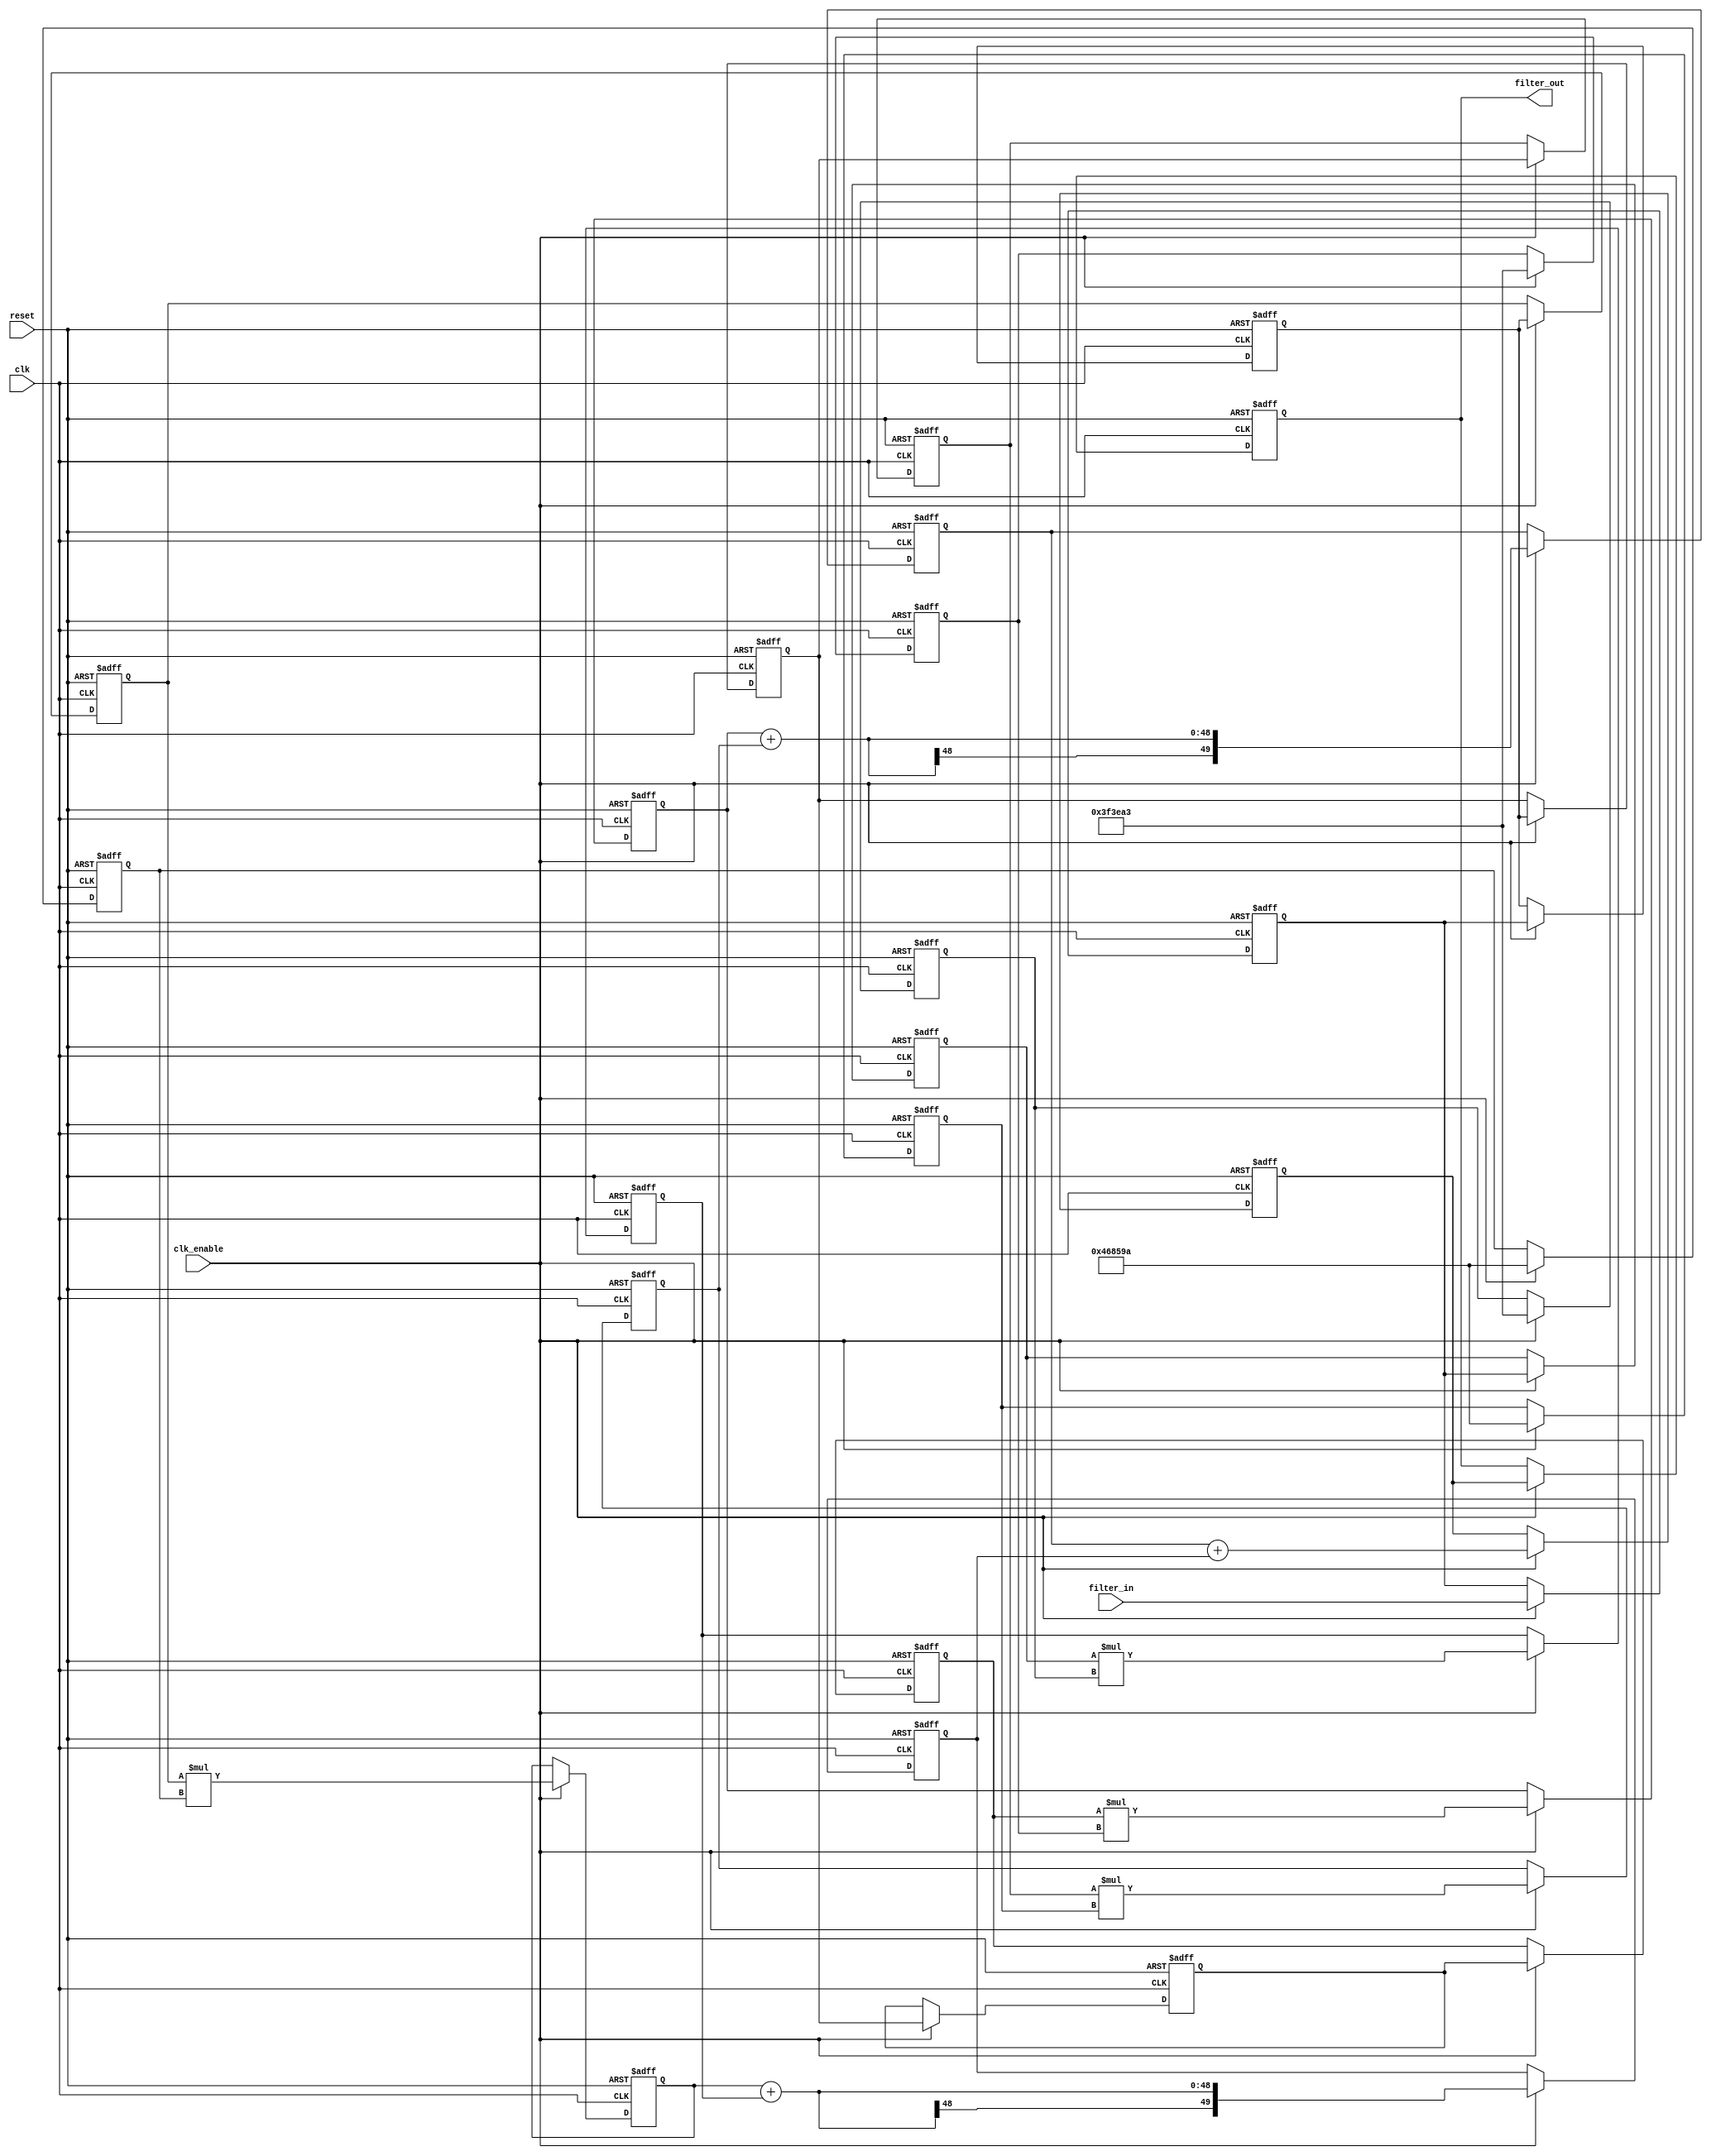
// -------------------------------------------------------------
//
// Module: fir_min_24b_1p
// Generated by MATLAB(R) 9.12 and Filter Design HDL Coder 3.1.11.
// Generated on: 2023-06-27 19:34:07
// -------------------------------------------------------------

// -------------------------------------------------------------
// HDL Code Generation Options:
//
// FIRAdderStyle: tree
// MultiplierInputPipeline: 1
// MultiplierOutputPipeline: 1
// OptimizeForHDL: on
// TargetDirectory: W:\Nikos\UTh\ \Project\FIR_Minimum_Order\multiplier_1_pipeline\24b_fixed_point
// AddPipelineRegisters: on
// Name: fir_min_24b_1p
// InputDataType: numerictype(1,24,0)
// TargetLanguage: Verilog
// TestBenchName: fir_min_24b_1p_tb
// TestBenchStimulus: impulse step ramp chirp noise 

// Filter Specifications:
//
// Sample Rate     : 46 kHz
// Response        : Lowpass
// Specification   : N,Fp,Fst,Ap
// Stopband Edge   : 9.6 kHz
// Passband Ripple : 60 dB
// Filter Order    : 3
// Passband Edge   : 8 kHz
// -------------------------------------------------------------

// -------------------------------------------------------------
// HDL Implementation    : Fully parallel
// Folding Factor        : 1
// -------------------------------------------------------------
// Filter Settings:
//
// Discrete-Time FIR Filter (real)
// -------------------------------
// Filter Structure  : Direct-Form FIR
// Filter Length     : 4
// Stable            : Yes
// Linear Phase      : Yes (Type 2)
// Arithmetic        : fixed
// Numerator         : s24,32 -> [-1.953125e-03 1.953125e-03)
// -------------------------------------------------------------




`timescale 1 ns / 1 ns

module fir_min_24b_1p
               (
                clk,
                clk_enable,
                reset,
                filter_in,
                filter_out
                );

  input   clk; 
  input   clk_enable; 
  input   reset; 
  input   signed [23:0] filter_in; //sfix24
  output  signed [49:0] filter_out; //sfix50_En32

////////////////////////////////////////////////////////////////
//Module Architecture: fir_min_24b_1p
////////////////////////////////////////////////////////////////
  // Local Functions
  // Type Definitions
  // Constants
  parameter signed [23:0] coeff1 = 24'b001111110011111010100011; //sfix24_En32
  parameter signed [23:0] coeff2 = 24'b010001101000010110011010; //sfix24_En32
  parameter signed [23:0] coeff3 = 24'b010001101000010110011010; //sfix24_En32
  parameter signed [23:0] coeff4 = 24'b001111110011111010100011; //sfix24_En32

  // Signals
  reg  signed [23:0] delay_pipeline [0:3] ; // sfix24
  wire signed [47:0] product4; // sfix48_En32
  reg  signed [23:0] delay_pipeline_3_under_pipe; // sfix24
  reg  signed [23:0] coeff4_pipe; // sfix24_En32
  reg  signed [47:0] product4_pipe; // sfix48_En32
  wire signed [47:0] product3; // sfix48_En32
  reg  signed [23:0] delay_pipeline_2_under_pipe; // sfix24
  reg  signed [23:0] coeff3_pipe; // sfix24_En32
  reg  signed [47:0] product3_pipe; // sfix48_En32
  wire signed [47:0] product2; // sfix48_En32
  reg  signed [23:0] delay_pipeline_1_under_pipe; // sfix24
  reg  signed [23:0] coeff2_pipe; // sfix24_En32
  reg  signed [47:0] product2_pipe; // sfix48_En32
  wire signed [47:0] product1; // sfix48_En32
  reg  signed [23:0] delay_pipeline_0_under_pipe; // sfix24
  reg  signed [23:0] coeff1_pipe; // sfix24_En32
  reg  signed [47:0] product1_pipe; // sfix48_En32
  wire signed [49:0] sum_final; // sfix50_En32
  wire signed [49:0] sum1_1; // sfix50_En32
  wire signed [47:0] add_signext; // sfix48_En32
  wire signed [47:0] add_signext_1; // sfix48_En32
  wire signed [48:0] add_temp; // sfix49_En32
  reg  signed [49:0] sumpipe1_1; // sfix50_En32
  wire signed [49:0] sum1_2; // sfix50_En32
  wire signed [47:0] add_signext_2; // sfix48_En32
  wire signed [47:0] add_signext_3; // sfix48_En32
  wire signed [48:0] add_temp_1; // sfix49_En32
  reg  signed [49:0] sumpipe1_2; // sfix50_En32
  wire signed [49:0] sum2_1; // sfix50_En32
  wire signed [49:0] add_signext_4; // sfix50_En32
  wire signed [49:0] add_signext_5; // sfix50_En32
  wire signed [50:0] add_temp_2; // sfix51_En32
  reg  signed [49:0] sumpipe2_1; // sfix50_En32
  reg  signed [49:0] output_register; // sfix50_En32

  // Block Statements
  always @( posedge clk or posedge reset)
    begin: Delay_Pipeline_process
      if (reset == 1'b1) begin
        delay_pipeline[0] <= 0;
        delay_pipeline[1] <= 0;
        delay_pipeline[2] <= 0;
        delay_pipeline[3] <= 0;
      end
      else begin
        if (clk_enable == 1'b1) begin
          delay_pipeline[0] <= filter_in;
          delay_pipeline[1] <= delay_pipeline[0];
          delay_pipeline[2] <= delay_pipeline[1];
          delay_pipeline[3] <= delay_pipeline[2];
        end
      end
    end // Delay_Pipeline_process


  always @ (posedge clk or posedge reset)
    begin: temp_process1
      if (reset == 1'b1) begin
        delay_pipeline_3_under_pipe <= 0;
        coeff4_pipe <= 0;
        product4_pipe <= 0;
      end
      else begin
        if (clk_enable == 1'b1) begin
          delay_pipeline_3_under_pipe <= delay_pipeline[3];
          coeff4_pipe <= coeff4;

          product4_pipe <= delay_pipeline_3_under_pipe * coeff4_pipe;

        end
      end
    end // temp_process1

  assign product4 = product4_pipe;

  always @ (posedge clk or posedge reset)
    begin: temp_process2
      if (reset == 1'b1) begin
        delay_pipeline_2_under_pipe <= 0;
        coeff3_pipe <= 0;
        product3_pipe <= 0;
      end
      else begin
        if (clk_enable == 1'b1) begin
          delay_pipeline_2_under_pipe <= delay_pipeline[2];
          coeff3_pipe <= coeff3;

          product3_pipe <= delay_pipeline_2_under_pipe * coeff3_pipe;

        end
      end
    end // temp_process2

  assign product3 = product3_pipe;

  always @ (posedge clk or posedge reset)
    begin: temp_process3
      if (reset == 1'b1) begin
        delay_pipeline_1_under_pipe <= 0;
        coeff2_pipe <= 0;
        product2_pipe <= 0;
      end
      else begin
        if (clk_enable == 1'b1) begin
          delay_pipeline_1_under_pipe <= delay_pipeline[1];
          coeff2_pipe <= coeff2;

          product2_pipe <= delay_pipeline_1_under_pipe * coeff2_pipe;

        end
      end
    end // temp_process3

  assign product2 = product2_pipe;

  always @ (posedge clk or posedge reset)
    begin: temp_process4
      if (reset == 1'b1) begin
        delay_pipeline_0_under_pipe <= 0;
        coeff1_pipe <= 0;
        product1_pipe <= 0;
      end
      else begin
        if (clk_enable == 1'b1) begin
          delay_pipeline_0_under_pipe <= delay_pipeline[0];
          coeff1_pipe <= coeff1;

          product1_pipe <= delay_pipeline_0_under_pipe * coeff1_pipe;

        end
      end
    end // temp_process4

  assign product1 = product1_pipe;

  assign add_signext = product4;
  assign add_signext_1 = product3;
  assign add_temp = add_signext + add_signext_1;
  assign sum1_1 = $signed({{1{add_temp[48]}}, add_temp});

  assign add_signext_2 = product2;
  assign add_signext_3 = product1;
  assign add_temp_1 = add_signext_2 + add_signext_3;
  assign sum1_2 = $signed({{1{add_temp_1[48]}}, add_temp_1});

  always @ (posedge clk or posedge reset)
    begin: temp_process5
      if (reset == 1'b1) begin
        sumpipe1_1 <= 0;
        sumpipe1_2 <= 0;
      end
      else begin
        if (clk_enable == 1'b1) begin
          sumpipe1_1 <= sum1_1;
          sumpipe1_2 <= sum1_2;
        end
      end
    end // temp_process5

  assign add_signext_4 = sumpipe1_1;
  assign add_signext_5 = sumpipe1_2;
  assign add_temp_2 = add_signext_4 + add_signext_5;
  assign sum2_1 = add_temp_2[49:0];

  always @ (posedge clk or posedge reset)
    begin: temp_process6
      if (reset == 1'b1) begin
        sumpipe2_1 <= 0;
      end
      else begin
        if (clk_enable == 1'b1) begin
          sumpipe2_1 <= sum2_1;
        end
      end
    end // temp_process6

  assign sum_final = sumpipe2_1;

  always @ (posedge clk or posedge reset)
    begin: Output_Register_process
      if (reset == 1'b1) begin
        output_register <= 0;
      end
      else begin
        if (clk_enable == 1'b1) begin
          output_register <= sum_final;
        end
      end
    end // Output_Register_process

  // Assignment Statements
  assign filter_out = output_register;
endmodule  // fir_min_24b_1p